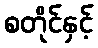
စတိုင်နှင့်